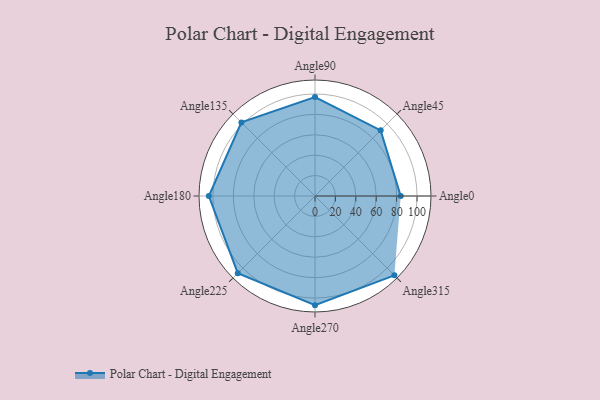
{"axis": {"x": "Angle", "y": "Radius"}, "legend": [""], "data": [{"x": "Angle0", "y": 84.0, "type": ""}, {"x": "Angle45", "y": 91.0, "type": ""}, {"x": "Angle90", "y": 97.0, "type": ""}, {"x": "Angle135", "y": 102.0, "type": ""}, {"x": "Angle180", "y": 104.0, "type": ""}, {"x": "Angle225", "y": 107.0, "type": ""}, {"x": "Angle270", "y": 107.0, "type": ""}, {"x": "Angle315", "y": 110.0, "type": ""}]}